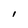
Character: l